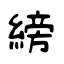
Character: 縍